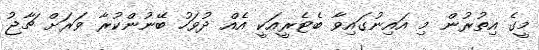
މީގެ އިތުރުން މި އައިނުގައިވާ ބެޓެރީއަކީ އެއް ދުވަހު ބޭނުންކުރާ ވަރަށް ޗާޖު